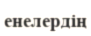
енелердің